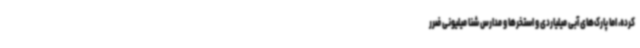
کرده، اما پارک‌های آبی میلیاردی و استخرها و مدارس شنا میلیونی ضرر